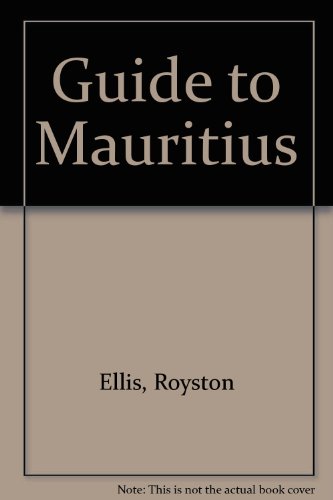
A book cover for Bradt Mauritius; Ellis Royston; Travel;